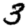
Digit: 3